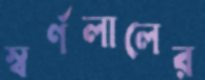
স্বর্ণলালের